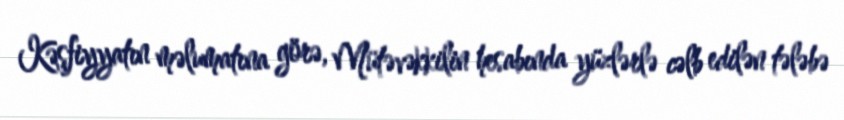
Kəşfiyyatın məlumatına görə, Mütəvəkkilin hesabında yüzlərlə cəlb edilən tələbə